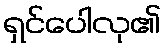
ရှင်ပေါလု၏